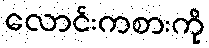
လောင်းကစားကို